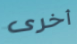
أخرى